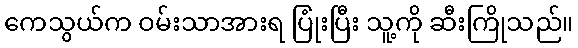
ကေသွယ်က ဝမ်းသာအားရ ပြုံးပြီး သူ့ကို ဆီးကြိုသည်။